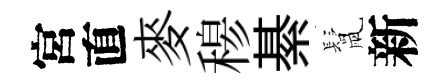
宮直麥𥠇綦鬛新